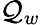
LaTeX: \mathcal{Q}_{w}